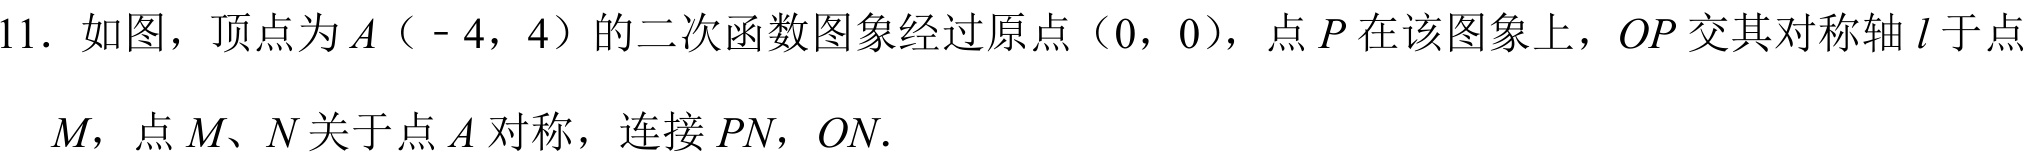
11. 如图，顶点为\(A\)（\(-4,4\)）的二次函数图象经过原点（\(0,0\)），点\(P\)在该图象上，\(OP\)交其对称轴\(l\)于点\(M\)，点\(M\)、\(N\)关于点\(A\)对称，连接\(PN\)，\(ON\).